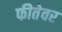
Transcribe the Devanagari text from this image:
फीतेवर